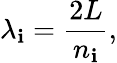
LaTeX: \lambda_{\mathbf{i}}={\frac{{2L}}{{n_{\mathbf{i}}}}},